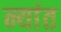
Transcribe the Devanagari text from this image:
न्यांत